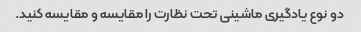
دو نوع یادگیری ماشینی تحت نظارت را مقایسه و مقایسه کنید.